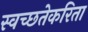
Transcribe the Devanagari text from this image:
स्वच्छतेकरिता